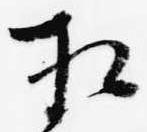
相